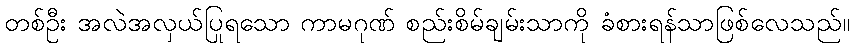
တစ်ဦး အလဲအလှယ်ပြုရသော ကာမဂုဏ် စည်းစိမ်ချမ်းသာကို ခံစားရန်သာဖြစ်လေသည်။